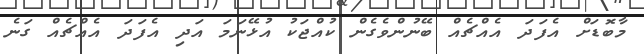
މާބޮޑަށް އެފަދަ އެއްޗެއް ބޭނުންވެގެން ކުއްޖަކު އުޅޭނަމަ އަދި އެފަދަ އެއްޗެއް ގަނެ